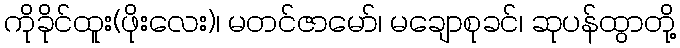
ကိုခိုင်ထူး(ဖိုးလေး)၊ မတင်ဇာမော်၊ မချောစုခင်၊ ဆုပန်ထွာတို့